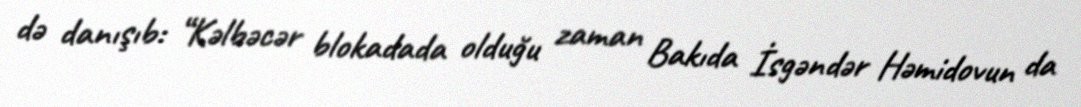
də danışıb: “Kəlbəcər blokadada olduğu zaman Bakıda İsgəndər Həmidovun da